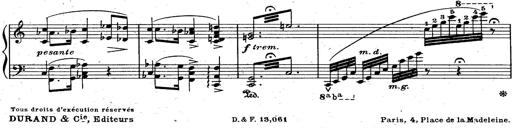
Title: God Save the Queen
Composer: Charles LÃ©on Hess
Key: A major